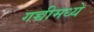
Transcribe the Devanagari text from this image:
गच्चीमध्ये